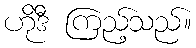
ဟိုဒီ ကြည့်သည်။